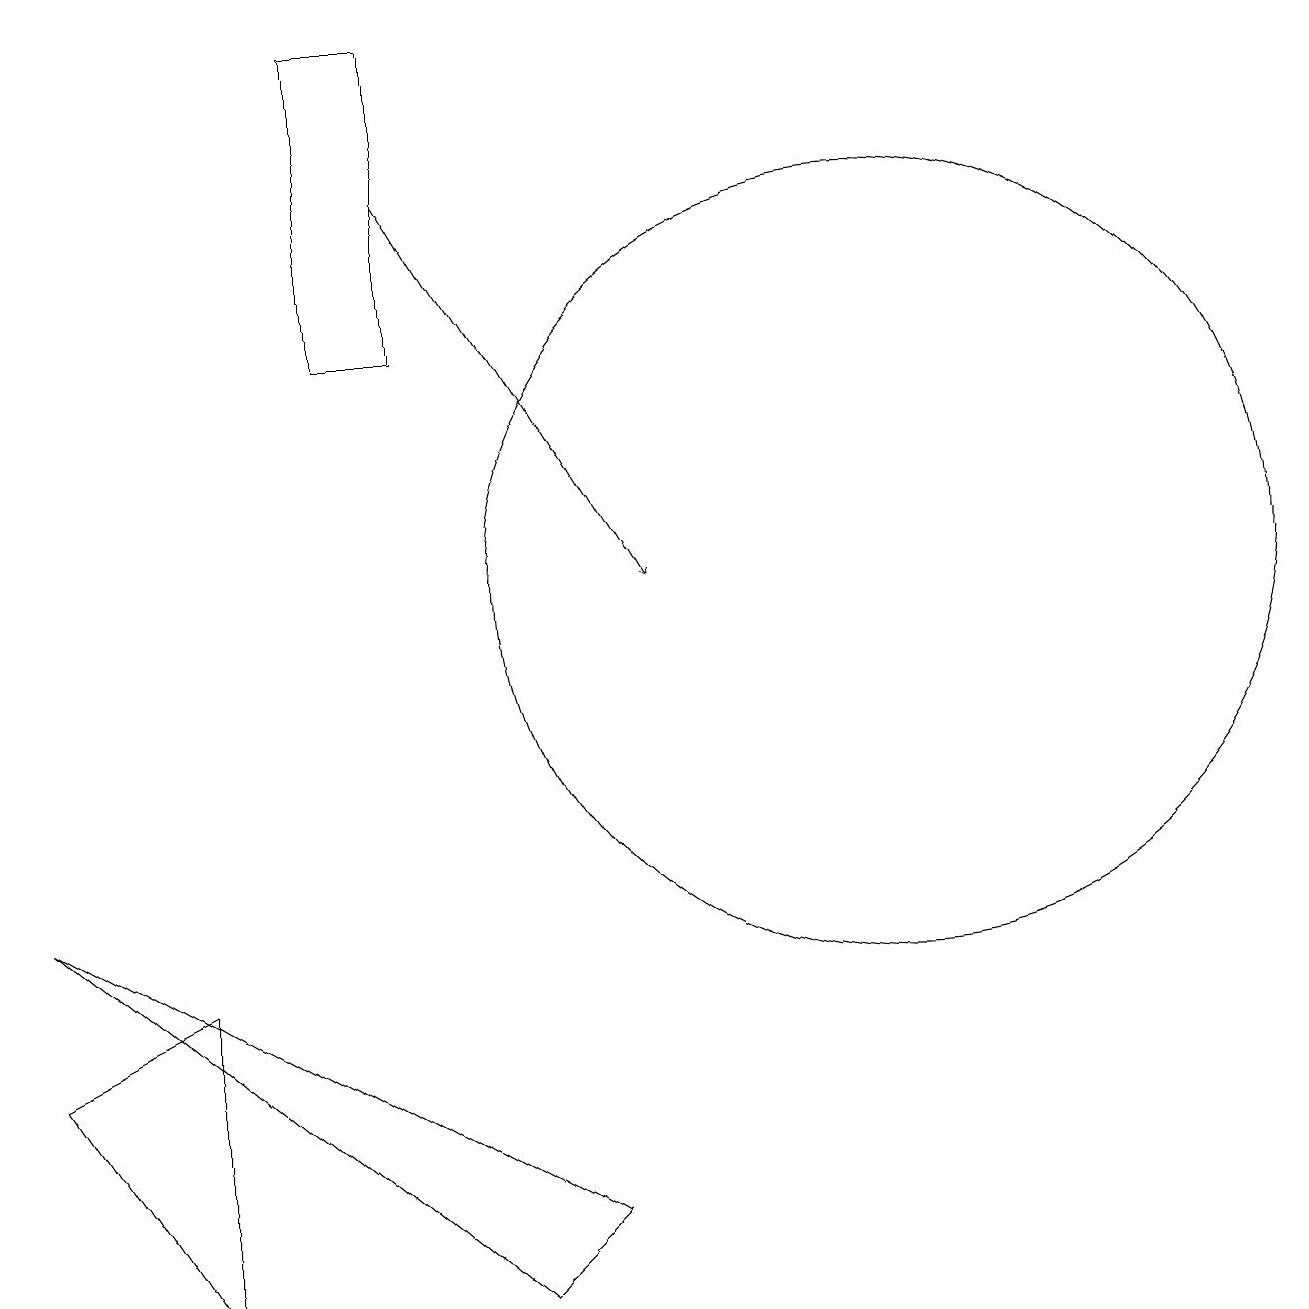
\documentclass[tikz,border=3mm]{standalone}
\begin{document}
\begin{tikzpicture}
\draw (2,2) -- (0,5) -- (2,6) -- cycle;
\draw (7,3) -- (0,7) -- (6,2) -- cycle;
\draw (11,11) circle (5);
\draw[->] (5,16) -- (8,11);
\draw (4,18) rectangle (5,14);
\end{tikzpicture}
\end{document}